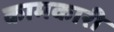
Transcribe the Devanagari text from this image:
कामकारी